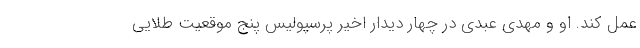
عمل کند. او و مهدی عبدی در چهار دیدار اخیر پرسپولیس پنج موقعیت طلایی